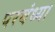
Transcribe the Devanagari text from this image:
परबंध्या